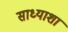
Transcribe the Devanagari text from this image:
साध्याशा